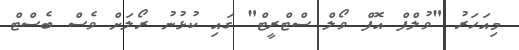
މިއަހަރު "ވުލްފް އޮފް ވޯލް ސްޓްރީޓް" ގައި ކުޅުނު ރޯލަށް ވެސް ބެސްޓް